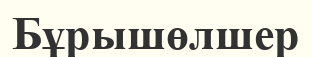
Бұрышөлшер